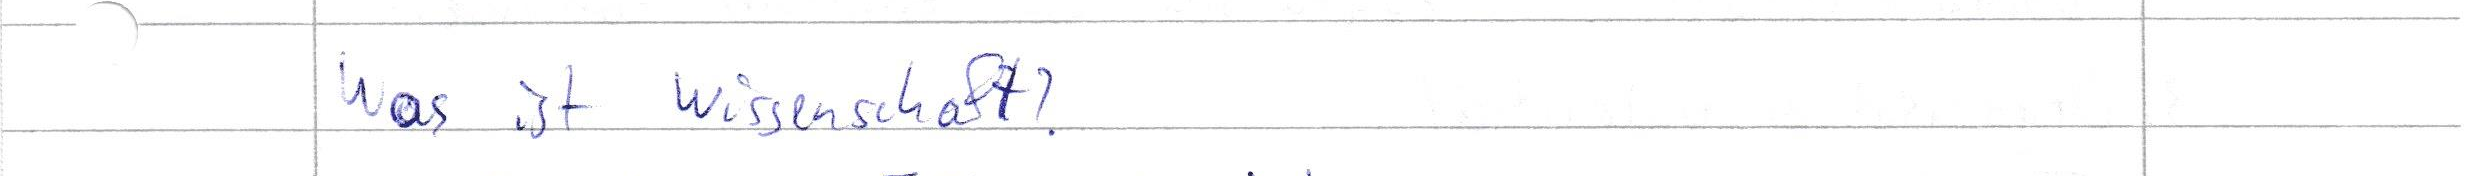
Was ist Wissenschaft?